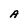
Character: A